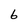
Character: 6